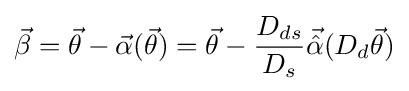
{\vec {\beta }}={\vec {\theta }}-{\vec {\alpha }}({\vec {\theta }})={\vec {\theta }}-{\frac {D_{ds}}{D_{s}}}{\vec {\hat {\alpha }}}(D_{d}{\vec {\theta }})